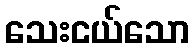
သေးငယ်သော